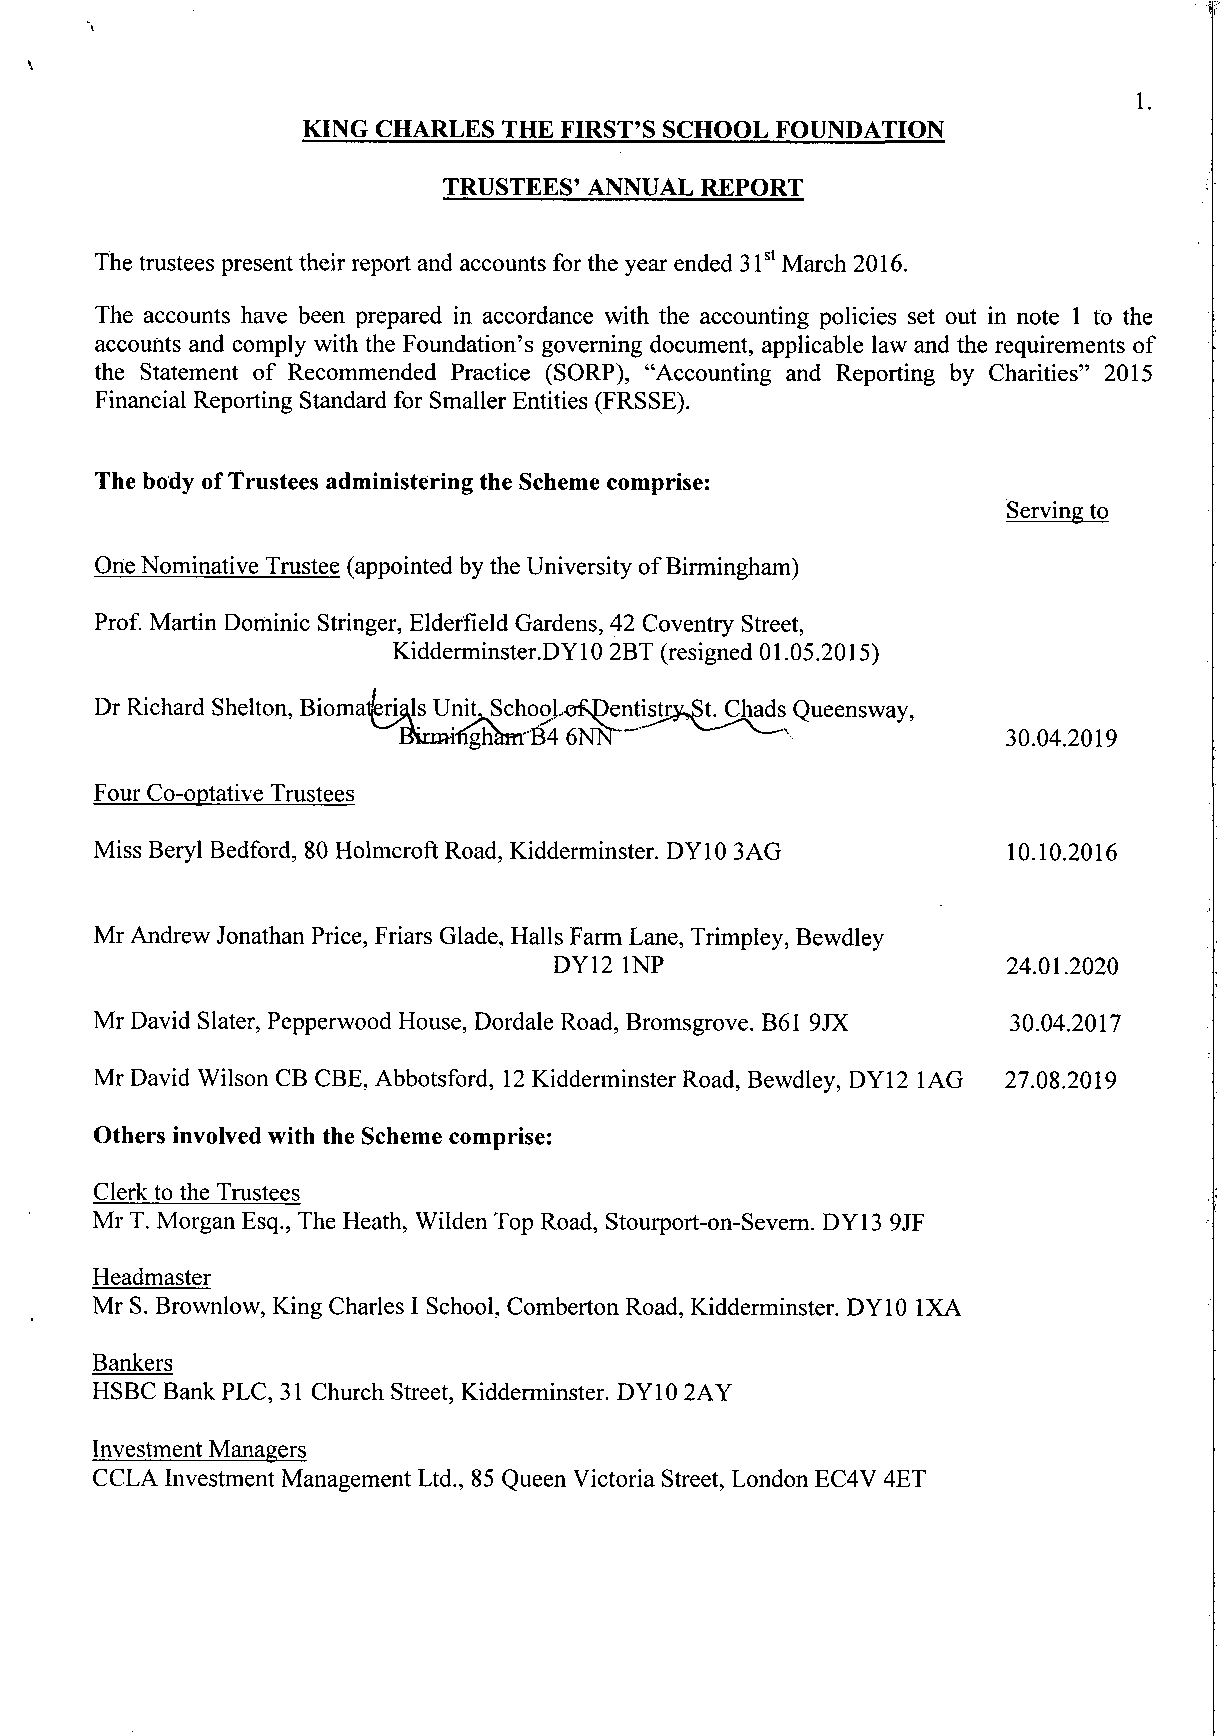
1.
 KING CHARLES THE FIRST'S SCHOOL FOUNDATION
 TRUSTEES' ANNUAL REPORT
 The trustees present their report and accounts for the year ended 31st March 2016.
 The accounts have been prepared in accordance with the accounting policies set out in note 1 to the
 accounts and comply with the Foundation's governing document, applicable law and the requirements of
 the Statement of Recommended Practice (SORP), "Accounting and Reporting by Charities" 2015
 Financial Reporting Standard for Smaller Entities (FRSSE).
 The body of Trustees administering the Scheme comprise:
 Serving to
 One Nominative Trustee (appointed by the University of Birmingham)
 Prof. Martin Dominic Stringer, Elderfield Gardens, 42 Coventry Street,
 Kidderminster.DYlO 2BT (resigned 01.05.2015)
 Dr Richard Shelton, Biomaferials Unit, SchoqLo^entistr^St. Chads Queensway,
 BiniMlTghVi-'T34 6NN                     30.04.2019
 Four Co-optative Trustees
 Miss Beryl Bedford, 80 Holmcroft Road, Kidderminster. DY10 3AG 10.10.2016
 Mr Andrew Jonathan Price, Friars Glade, Halls Farm Lane, Trimpley, Bewdley
 DYl2 INP                      24.01.2020
 Mr David Slater, Pepperwood House, Dordale Road, Bromsgrove. B61 9JX 30.04.2017
 Mr David Wilson CB CBE, Abbotsford, 12 Kidderminster Road, Bewdley, DY12 1AG 27.08.2019
 Others involved with the Scheme comprise:
 Clerk to the Trustees
 Mr T. Morgan Esq., The Heath, Wilden Top Road, Stourport-on-Severn. DYl3 9JF
 Headmaster
 Mr S. Brownlow, King Charles I School, Comberton Road, Kidderminster. DY10 1XA
 Bankers
 HSBC Bank PLC, 31 Church Street, Kidderminster. DY10 2AY
 Investment Managers
 CCLA Investment Management Ltd., 85 Queen Victoria Street, London EC4V 4ET